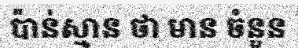
ប៉ាន់ស្មាន ថា មាន ចំនួន